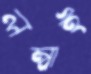
লম্বাই